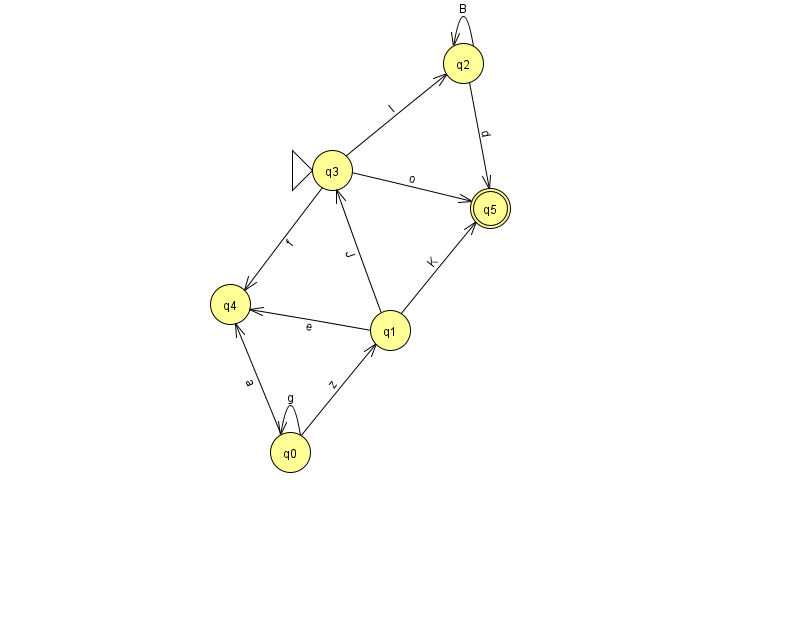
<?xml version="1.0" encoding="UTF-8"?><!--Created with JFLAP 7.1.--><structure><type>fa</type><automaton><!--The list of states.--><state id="0" name="q0"><x>290.0</x><y>439.0</y></state><state id="1" name="q1"><x>390.0</x><y>317.0</y></state><state id="2" name="q2"><x>463.0</x><y>50.0</y></state><state id="3" name="q3"><x>332.0</x><y>157.0</y><initial/></state><state id="4" name="q4"><x>230.0</x><y>291.0</y></state><state id="5" name="q5"><x>490.0</x><y>195.0</y><final/></state><!--The list of transitions.--><transition><from>3</from><to>2</to><read>l</read></transition><transition><from>3</from><to>4</to><read>f</read></transition><transition><from>2</from><to>2</to><read>B</read></transition><transition><from>1</from><to>3</to><read>J</read></transition><transition><from>0</from><to>4</to><read>a</read></transition><transition><from>0</from><to>1</to><read>z</read></transition><transition><from>0</from><to>0</to><read>g</read></transition><transition><from>1</from><to>5</to><read>K</read></transition><transition><from>2</from><to>5</to><read>d</read></transition><transition><from>1</from><to>4</to><read>e</read></transition><transition><from>3</from><to>5</to><read>o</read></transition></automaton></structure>